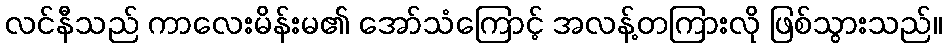
လင်နီသည် ကာလေးမိန်းမ၏ အော်သံကြောင့် အလန့်တကြားလို ဖြစ်သွားသည်။